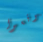
توقعوا